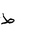
Letter: _da